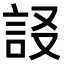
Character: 𧦀